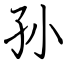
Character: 孙